Education (Scotland) Act, 1918, 1918
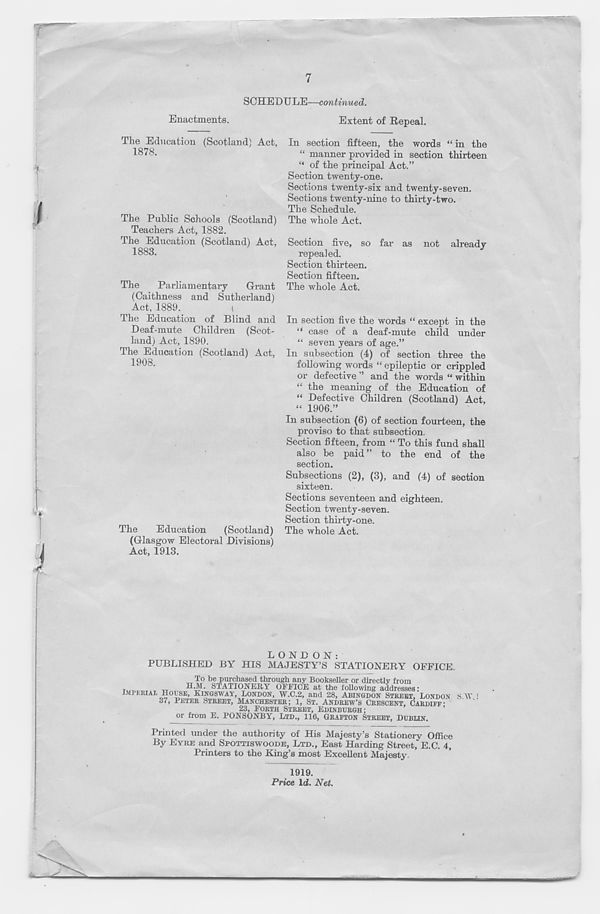
7
SCHEDULE—continued.
Enactments.
Extent of Repeal.
The Education (Scotland) Act,
1878.
The Public Schools (Scotland)
Teachers Act, 1882.
The Education (Scotland) Act,
1883.
The
Parliamentary
Grant
(Caithness and Sutherland)
Act, 1889.
i
The Education of Blind and
Deaf-mute Children (Scot-
land) Act, 1890.
The Education (Scotland) Act,
1908.
The
Education
(Scotland)
(Glasgow Electoral Divisions)
Act, 1913.
In section fifteen, the words “ in the
“ manner provided in section thirteen
“ of the principal Act.”
Section twenty-one.
Sections twenty-six and twenty-seven.
Sections twenty-nine to thirty-two.
The Schedule.
The whole Act.
Section five, so far as not already
repealed.
Section thirteen.
Section fifteen.
The whole Act.
In section five the words “ except in the
“ case of a deaf-mute child under
“ seven years of age.”
In subsection (4) of section three the
following words “ epileptic or crippled
or defective ” and the words “ within
“ the meaning of the Education of
“ Defective Children (Scotland) Act,
“ 1906.”
In subsection (6) of section fourteen, the
proviso to that subsection.
Section fifteen, from “ To this fund shall
also be paid” to the end of the
section.
Subsections (2), (3), and (4) of section
sixteen.
Sections seventeen and eighteen.
Section twenty-seven.
Section thirty-one.
The whole Act.
LONDON:
PUBLISHED BY HIS MAJESTY’S STATIONERY OFFICE.
To be purchased through any Bookseller or directly from
11■ STATIONERY OFFICE at the following addresses:
IMPERIAL HOUSE, KINGSWAY, LONDON, W.C.2, and 28, ABINGDON STREET, LONDON S \Y 1
87, PETER STREET, MANCHESTER; 1, ST. ANDREW’S CRESCENT, CARDIFF-'
' ’
23, FORTH STREET, EDINBURGH;
or from E. PONSONBY, LTD., 116, GRAFTON STREET, DUBLIN.
Printed under the authority of His Majesty’s Stationery Office
By EYRE and SPOTTISWOODE, LTD., East Harding Street, E.C. 4,
Printers to the King’s most Excellent Majesty.
1919.
Price Id. Net.